Civil Veterinary Department. Central Provinces & Berar 1932-41 - 1932-1941
Year: 1932
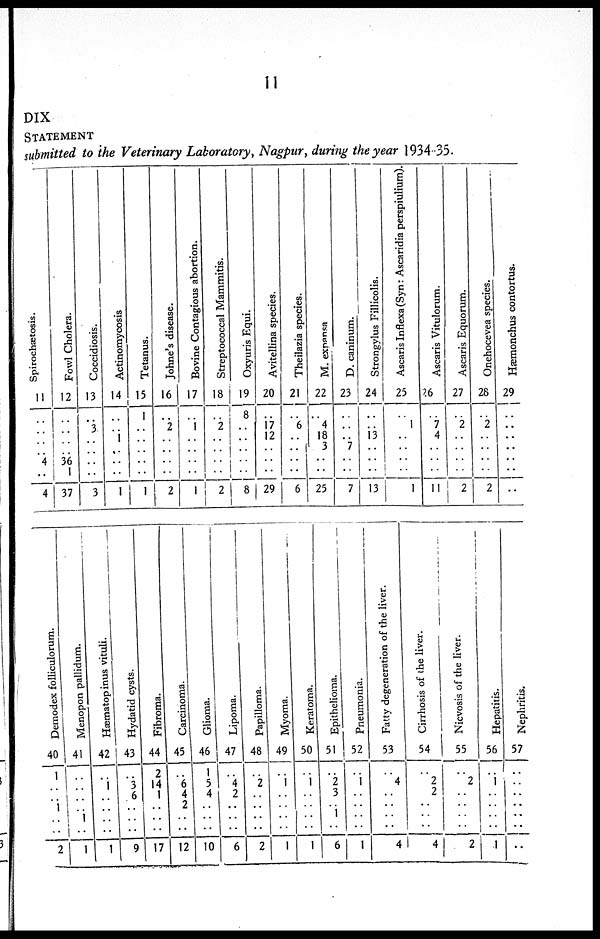
11
DIX
STATEMENT
submitted to the Veterinary Laboratory, Nagpur, during the year 1934-35.
Spirochætosis.
11
..
..
..
..
4
..
4
Fowl Cholera.
12
..
..
..
..
36
1
37
Coccidiosis.
13
..
3
..
..
..
..
3
Actinomycosis
14
..
..
1
..
..
..
1
Tetanus.
15
1
..
..
..
..
..
1
Johne's disease.
16
..
2
..
..
..
..
2
Bovine Contagious abortion.
17
..
1
..
..
..
..
1
Streptococcal Mammitis.
18
..
2
..
..
..
..
2
Oxyuris Equi.
19
8
..
..
..
..
..
8
Avitellina species.
20
..
17
12
..
..
..
29
Theilazia species.
21
..
6
..
..
..
..
6
M. expansa
22
..
4
18
3
..
..
25
D. caninum.
23
..
..
..
7
..
..
7
Strongylus Fillicolis.
24
..
..
13
..
..
..
13
Ascaris Inflexa (Syn: Ascaridia perspiulium).
25
..
1
..
..
..
..
1
Ascaris Vitulorum.
26
..
7
4
..
..
..
11
Ascaris Equorum.
27
..
2
..
..
..
..
2
Onehocevea species.
28
..
2
..
..
..
..
2
Hæmonchus contortus.
29
..
..
..
..
..
..
..
Demodex folliculorum.
40
1
..
..
1
..
..
2
Menopon pallidum.
41
..
..
..
..
1
..
1
Hæmatopinus vituli.
42
..
1
..
..
..
..
1
Hydatid cysts.
43
..
3
6
..
..
..
9
Fibroma.
44
2
14
1
..
..
..
17
Carcinoma.
45
..
6
4
2
..
..
12
Glioma.
46
1
5
4
..
..
..
10
Lipoma.
47
..
4 2
..
..
..
6
Papilloma.
48
..
2
..
..
..
..
2
Myoma.
49
..
1
..
..
..
..
1
Keratoma.
50
..
1
..
..
..
..
1
Epithelioma.
51
..
2
3
..
1
..
6
Pneumonia.
52
..
1
..
..
..
..
1
Fatty degeneration of the liver.
53
..
4
..
..
..
..
4
Cirrhosis of the liver.
54
..
2
2
..
..
..
4
Nicvosis of the liver.
55
..
2
..
..
..
..
2
Hepatitis.
56
..
1
..
..
..
..
1
Nephritis.
57
..
..
..
..
..
..
..